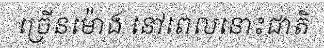
ច្រើនម៉ោង នៅពេលនោះជាតិ